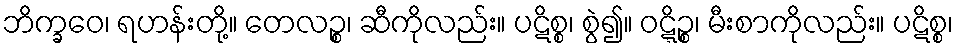
ဘိက္ခဝေ၊ ရဟန်းတို့။ တေလဉ္စ၊ ဆီကိုလည်း။ ပဋိစ္စ၊ စွဲ၍။ ဝဋ္ဋိဉ္စ၊ မီးစာကိုလည်း။ ပဋိစ္စ၊